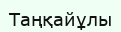
Таңқайұлы